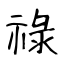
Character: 祿